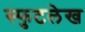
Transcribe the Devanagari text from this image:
स्फुटलेख